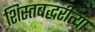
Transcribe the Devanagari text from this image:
शिस्तबद्धरीत्या